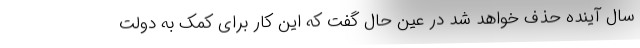
سال آینده حذف خواهد شد در عین حال گفت که این کار برای کمک به دولت